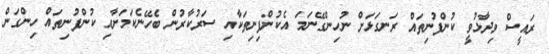
ރައީސް ވިދާޅުވީ ކުންފުނިތައް ރަނގަޅަށް ނުހިންގޭނަމަ އެކުންފިނިތަކާއި ސަރުކާރުން ބެހޭނެކަމަށާއި ކުންފުނިތައް ހިންގަން